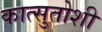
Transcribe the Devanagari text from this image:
कात्सुतोशी